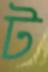
ট